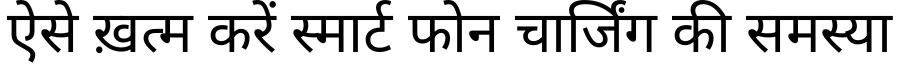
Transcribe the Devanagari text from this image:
ऐसे ख़त्म करें स्मार्ट फोन चार्जिंग की समस्या